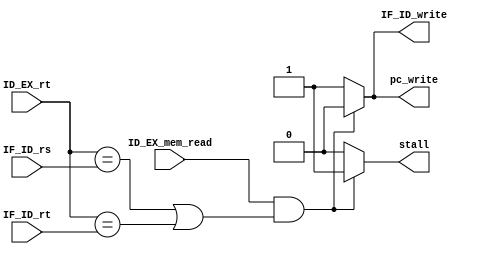
module hazard_detection (
    input        ID_EX_mem_read,
    input  [4:0] ID_EX_rt,
    input  [4:0] IF_ID_rs,
    input  [4:0] IF_ID_rt,
    output reg   pc_write,        // only update PC when this is set
    output reg   IF_ID_write,     // only update IF/ID stage registers when this is set
    output       stall            // insert a stall (bubble) in ID/EX when this is set
);

    /** [step 3] Stalling
     * 1. calculate stall by equation from textbook.
     * 2. Should pc be written when stall?
     * 3. Should IF/ID stage registers be updated when stall?
     */
    always @(*) begin
    if(ID_EX_mem_read == 1'b1 && ((ID_EX_rt == IF_ID_rs) || (ID_EX_rt == IF_ID_rt))) begin
        pc_write <= 1'b0;
        IF_ID_write <= 1'b0;
        stall <= 1'b1;
    end
    else begin
        pc_write <= 1'b1;
        IF_ID_write <= 1'b1;
        stall <= 1'b0;
    end
end

endmodule